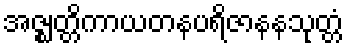
အဇ္ဈတ္တိကာယတနပရိဇာနနသုတ္တံ